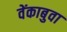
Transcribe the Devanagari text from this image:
वेंकाबुवा